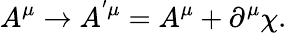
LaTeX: A^{\mu}\rightarrow A^{^{\prime}\mu}=A^{\mu}+\partial^{\mu}\chi.